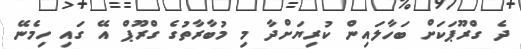
ދެ ގްރޫޕަކަށް ބަހާލައިން ކުރިޔަށްދާ މި މުބާރާތުގެ ގްރޫޕް އޭ ގައި ހިމެނޭ